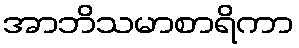
အာဘိသမာစာရိကာ